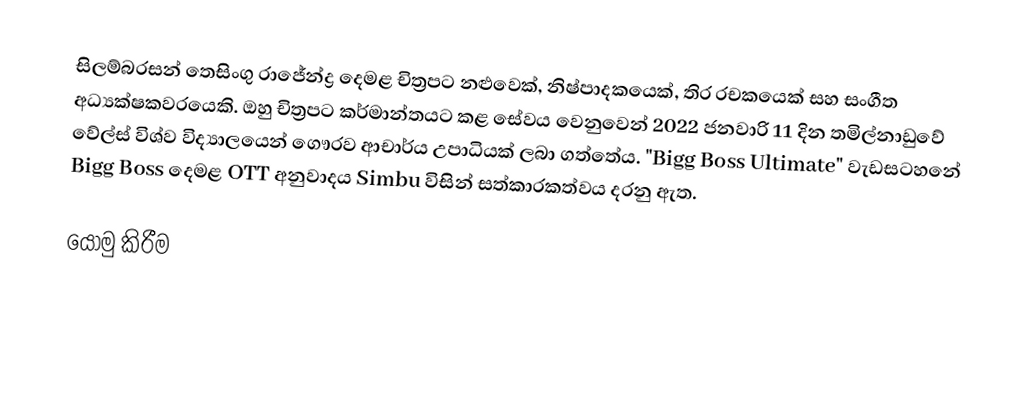
සිලම්බරසන් තෙසිංගු රාජේන්ද්‍ර දෙමළ චිත්‍රපට නළුවෙක්, නිෂ්පාදකයෙක්, තිර රචකයෙක් සහ සංගීත අධ්‍යක්ෂකවරයෙකි.  ඔහු චිත්‍රපට කර්මාන්තයට කළ සේවය වෙනුවෙන් 2022 ජනවාරි 11 දින තමිල්නාඩුවේ වේල්ස් විශ්ව විද්‍යාලයෙන් ගෞරව ආචාර්ය උපාධියක් ලබා ගත්තේය.   "Bigg Boss Ultimate" වැඩසටහනේ Bigg Boss දෙමළ OTT අනුවාදය Simbu විසින් සත්කාරකත්වය දරනු ඇත.

යොමු කිරීම